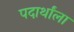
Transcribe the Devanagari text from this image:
पदार्थांला